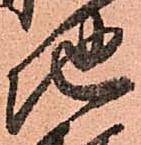
地